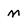
Character: M